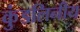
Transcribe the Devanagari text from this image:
कुंडलिनीय